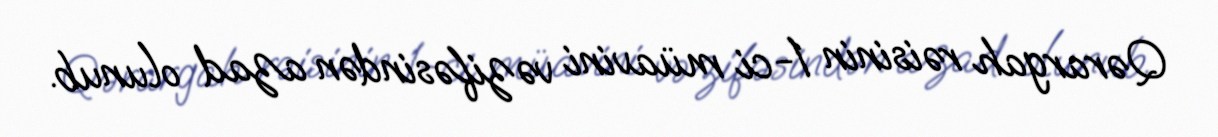
Qərargah rəisinin 1-ci müavini vəzifəsindən azad olunub.